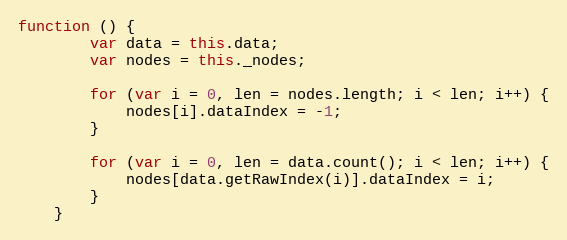
Language: JavaScript
function () {
        var data = this.data;
        var nodes = this._nodes;

        for (var i = 0, len = nodes.length; i < len; i++) {
            nodes[i].dataIndex = -1;
        }

        for (var i = 0, len = data.count(); i < len; i++) {
            nodes[data.getRawIndex(i)].dataIndex = i;
        }
    }